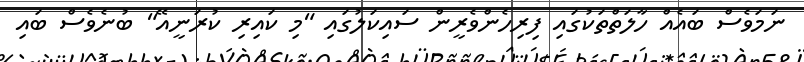
ނަމަވެސް ބައެއް ހާލަތްތަކުގައި ފިރިހެންވެރީން ސައިކަލުގައި "މި ކައިރި ކުރަނީއޭ" ބުނެވެސް ބައި